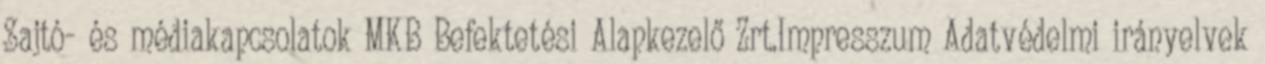
Sajtó- és médiakapcsolatok MKB Befektetési Alapkezelő Zrt.Impresszum Adatvédelmi irányelvek